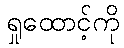
ရှုထောင့်ကို